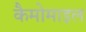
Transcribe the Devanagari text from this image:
कैमोमाइल